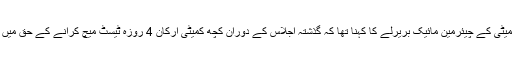
اس کمیٹی کے چیئرمین مائیک بریرلے کا کہنا تھا کہ گذشتہ اجلاس کے دوران کچھ کمیٹی ارکان 4 روزہ ٹیسٹ میچ کرانے کے حق میں تھے۔